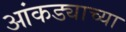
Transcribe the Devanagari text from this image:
आंकड्याच्या